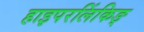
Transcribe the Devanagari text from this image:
हाइपरलिंकिङ्